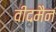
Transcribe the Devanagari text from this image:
वीदमैन